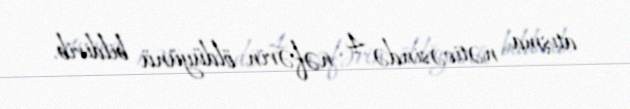
atışma nəticəsində 4 nəfərin öldüyünü bildirib.